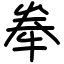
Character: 牶